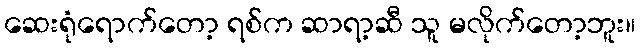
ဆေးရုံရောက်တော့ ရစ်က ဆာရာ့ဆီ သူ မလိုက်တော့ဘူး။